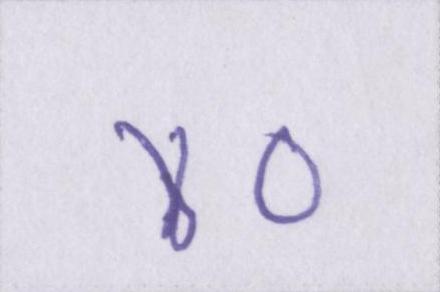
४०